Civil Veterinary Dept. Assam report 1911-1927 - 1911-1927
Year: 1911
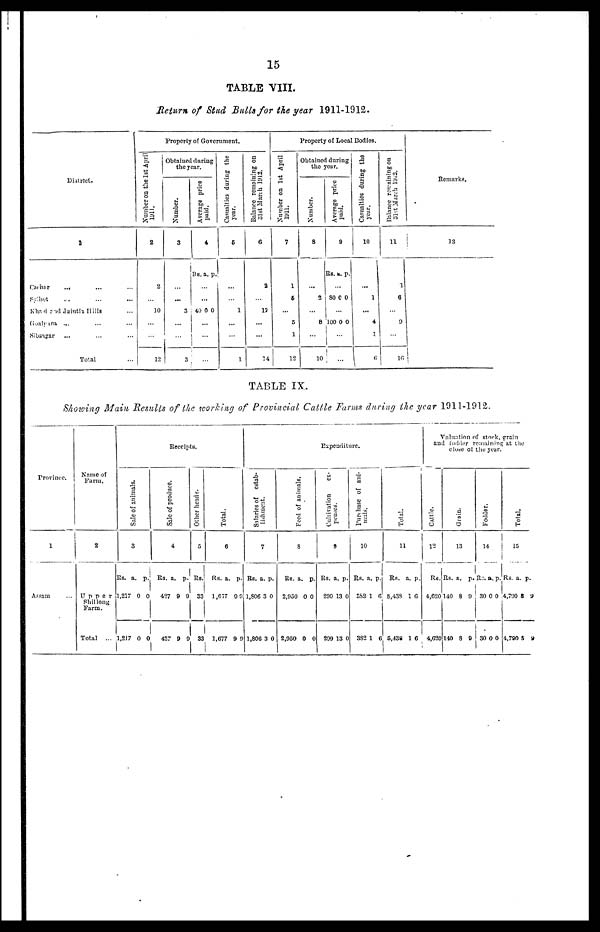
15
TABLE VIII.
Return of Stud Bulls for the year 1911-1912.
District.
1
Cachar ... ... ...
sylhet ... ... ...
Khasi and Jaintia Hills ...
Goalpura ... ... ...
Sibsagar ... ... ....
Total ...
2
2
...
10
...
...
12
Property of Government.
Obtained during
the year.
1
3
...
...
3
...
...
3
4
RS. a. p.
...
...
40 0 0
...
...
...
5
...
...
1
...
...
1
6
2
...
12
...
...
14
7
1
6
...
5
...
12
Property of Local Bodies.
Obtained daring
the year.
8
...
2
...
8
...
10
9
Rs. a. p.
...
800 0
...
100 0 0
...
...
10
...
1
...
4
1
6
11
1
6
...
9
...
16
Remarks.
|
TABLE IX.
Showing Main Results of the working of Provincial Cattle Farms during the year 1911-1912.
Province.
1
Assam ...
Name of
Farm.
2
Upper
Shillong
Farm.
Total ...
Sale of animals.
3
Rs. a. p.
1,217 0 0
1,217 0 0
Receipts.
Sale of produce.
4
Rs. a. p.
427 9 9
427 9 0
Other heads.
6
Rs.
33
33
Total.
6
Rs. a. p.
1,677 0 0
1,677 9 9
Salaries of estab-
lishment.
7
Rs. a. p.
1,806 3 0
1,806 3 0
Feed of animals.
8
Rs. a. p.
2,950 0 0
2,950 0 0
Expenditure.
Cultivation
ex-
penses.
9
Rs. a. p.
290 13 0
299 13 0
Purchase of anl-
10
Rs. a. p.
382 1 0
382 1 6
Total.
11
Rs. a. p.
5,433 1 0
6,438 1 6
Valuation of stock, grain
and fodder remaining at the
close of the year.
Cattle.
12
Rs.
4,620
4,620
Grain.
13
Rs. a. p.
140 8 9
140 8 9
Fodder.
14
Rs. a.p.
3000
3000
Total.
15
Rs. a. p.
4,700 8 9
4,790 8 9